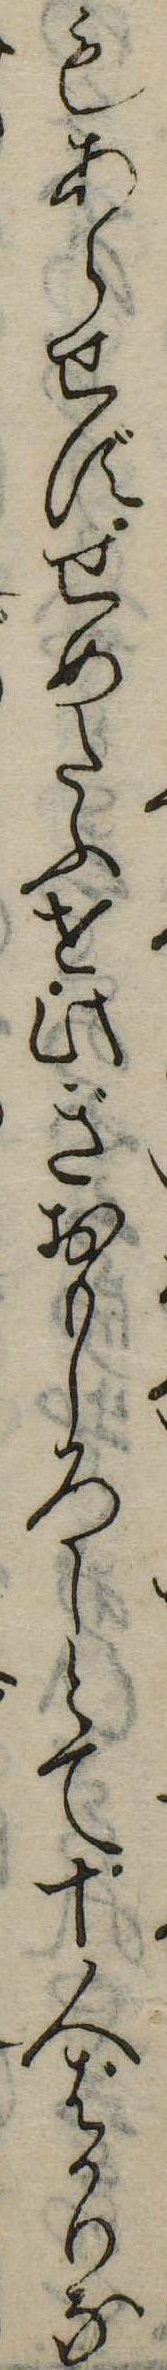
もあらせずせめたふを此ぎおもしろしとて十人ばかりな